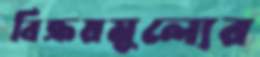
বিক্রয়মূল্যের